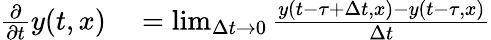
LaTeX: \begin{array}{rl}{\frac{\partial}{\partial t}y(t,x)}&{{}=\operatorname*{lim}_{\Delta t\rightarrow 0}\frac{y(t-\tau+\Delta t,x)-y(t-\tau,x)}{\Delta t}}\end{array}